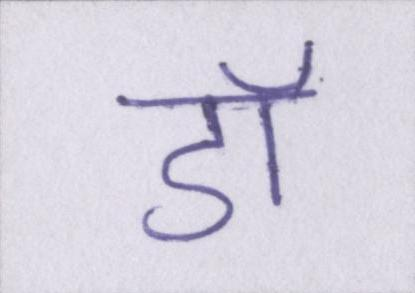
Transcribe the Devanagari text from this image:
डॉ